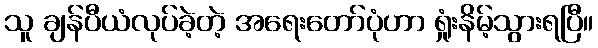
သူ ချန်ပီယံလုပ်ခဲ့တဲ့ အရေးတော်ပုံဟာ ရှုံးနိမ့်သွားရပြီ။